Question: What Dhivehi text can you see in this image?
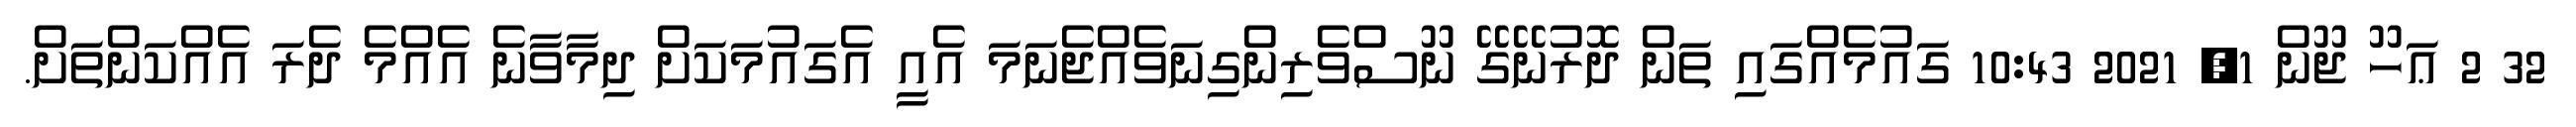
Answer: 32 2 ޢަހޫ ޖޫން 1, 2021 10:43 ގައުމެއްގައި ތަން ދޮރުނޭގޭ ނޫސްވެރިންގިނަވެއްޖެނަމަ އެއީ އެގައުމަކަށް ދިމާވާނެ އެއްމެ ދެރަ އެއްކަންތަށް.